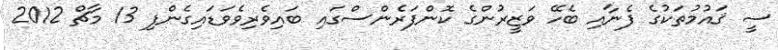
ސީ ޤައުމުތަކުގެ ފެނާއި ބެހޭ ވަޒީރުންގެ ކޮންފަރެންސްގައި ބައިވެރިވެވަޑައިގެންފި 13 މާޗް 2012